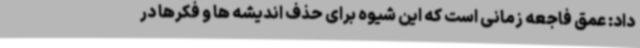
داد: عمق فاجعه زمانی است که این شیوه برای حذف اندیشه ها و فکرها در